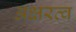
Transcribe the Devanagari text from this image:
अक्षरत्व